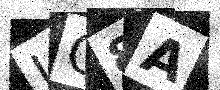
Text: JC8A